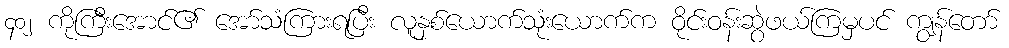
၄၀၂ ကိုကြီးအောင်၏ အော်သံကြားရပြီး လူနှစ်ယောက်သုံးယောက်က ဝိုင်းဝန်းဆွဲဖယ်ကြမှပင် ကျွန်တော်